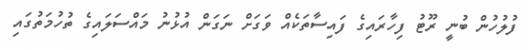
ފުލުހުން ބުނީ ރޫޓު ފިހާރައިގެ ފައިސާތަކެއް ވަގަށް ނަގަން އުޅުނު މައްސަލައިގެ ތުހުމަތުގައިި